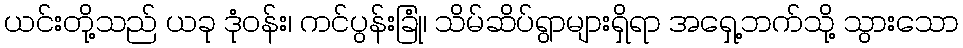
ယင်းတို့သည် ယခု ဒုံဝန်း၊ ကင်ပွန်းခြုံ၊ သိမ်ဆိပ်ရွာများရှိရာ အရှေ့ဘက်သို့ သွားသော